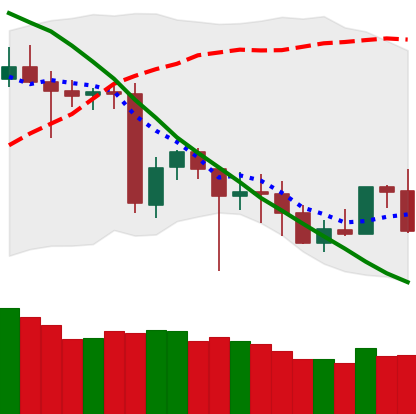
Ticker: BNB-USD
Chart end date: 2020-06-24
Forward return: -3.254%
Label: down_3_5